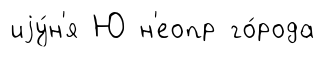
иjу́н'я Ю н'еопр го́рода